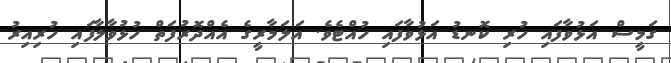
ގަމީސް އަޅުވާފައި ހުރި ކޮނޑު އަޅުވާފައި ހުއްޓެވެ. އަލަމާރީގެ އެއްދޮރުފަތް ހުޅުވާލާފައި ހުރިއިރު